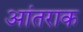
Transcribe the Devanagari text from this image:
आंतराक